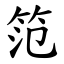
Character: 笵